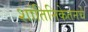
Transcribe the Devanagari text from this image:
शांतिनिकेतनचे